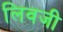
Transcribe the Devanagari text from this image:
लिवजी